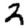
Digit: 2